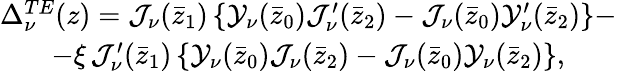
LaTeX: \begin{array}{c}{{\Delta_{\nu}^{TE}(z)=\mathcal{J}_{\nu}(\bar{z}_{1})\left\{ \mathcal{Y}_{\nu}(\bar{z}_{0})\mathcal{J}_{\nu}^{\prime}(\bar{z}_{2})-\mathcal{J}_{\nu}(\bar{z}_{0})\mathcal{Y}_{\nu}^{\prime}(\bar{z}_{2})\right\} -}}\\ {{-\xi\, \mathcal{J}_{\nu}^{\prime}(\bar{z}_{1})\left\{ \mathcal{Y}_{\nu}(\bar{z}_{0})\mathcal{J}_{\nu}(\bar{z}_{2})-\mathcal{J}_{\nu}(\bar{z}_{0})\mathcal{Y}_{\nu}(\bar{z}_{2})\right\} ,}}\end{array}